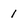
Character: 1